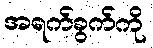
အရက်ခွက်ကို